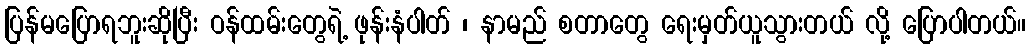
ပြန်မပြောရဘူးဆိုပြီး ဝန်ထမ်းတွေရဲ့ ဖုန်းနံပါတ် ၊ နာမည် စတာတွေ ရေးမှတ်ယူသွားတယ် လို့ ပြောပါတယ်။